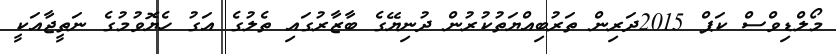
މޯލްޑިވްސް ކަޕް 2015ދަރިން ތަރުބިއްޔަތުކުރުން ދުނިޔޭގެ ބާޒާރުގައި ތެލުގެ އަގު ހެޔޮވުމުގެ ނަތީޖާއަކީ